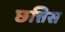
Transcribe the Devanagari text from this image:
छत्तिस